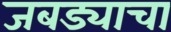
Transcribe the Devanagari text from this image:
जबड्याचा